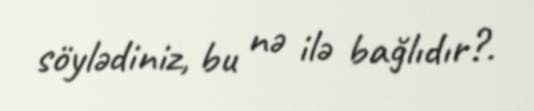
söylədiniz, bu nə ilə bağlıdır?.